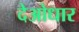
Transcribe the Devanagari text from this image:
देओधार